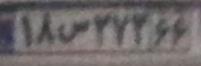
۱۸س۲۷۲۶۶